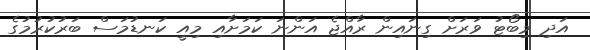
އަދި މިބޯޓު ވަރަށް ގިނައިން ރާއްޖެ އަންނަ ކަމަށާއި މިއީ ކަނޑުމަސް ބަރުކުރުމުގެ